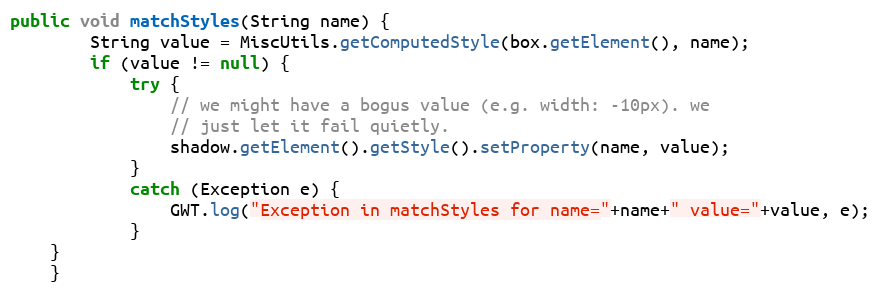
Language: Java
public void matchStyles(String name) {
        String value = MiscUtils.getComputedStyle(box.getElement(), name);
        if (value != null) {
            try {
                // we might have a bogus value (e.g. width: -10px). we
                // just let it fail quietly.
                shadow.getElement().getStyle().setProperty(name, value);
            }
            catch (Exception e) {
                GWT.log("Exception in matchStyles for name="+name+" value="+value, e);
            }
	}
    }